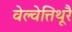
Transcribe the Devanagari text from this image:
वेल्वेत्तिथूरै